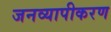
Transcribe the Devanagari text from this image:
जनव्यापीकरण